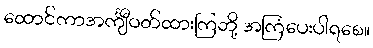
ထောင်ကာအင်္ကျီဝတ်ထားကြဘို့ အကြံပေးပါရစေ။